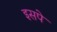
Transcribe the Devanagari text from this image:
इसपे